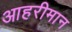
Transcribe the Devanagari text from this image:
आहरीमान